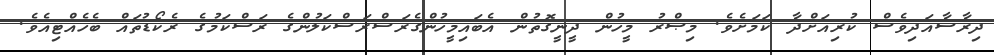
ދިރާސާއަދިވެސް ކުރިއަށްދާ ކަމަށެވެ. މިޞްރު މީހުން ދީނީގޮތުން އެބައިމީހުންގެރަސްރަސްކަލުންގެ ރަސްކަމުގެ ރެކޯޑުތައް ބެހެއްޓިއެވެ.